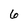
Character: 6